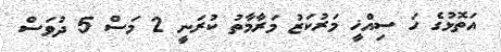
އަތޮޅުގެ ހަ ސިއްޚީ މަރުކަޒު މަރާމާތު ކުރަނީ 2 މަސް 5 ދުވަސް